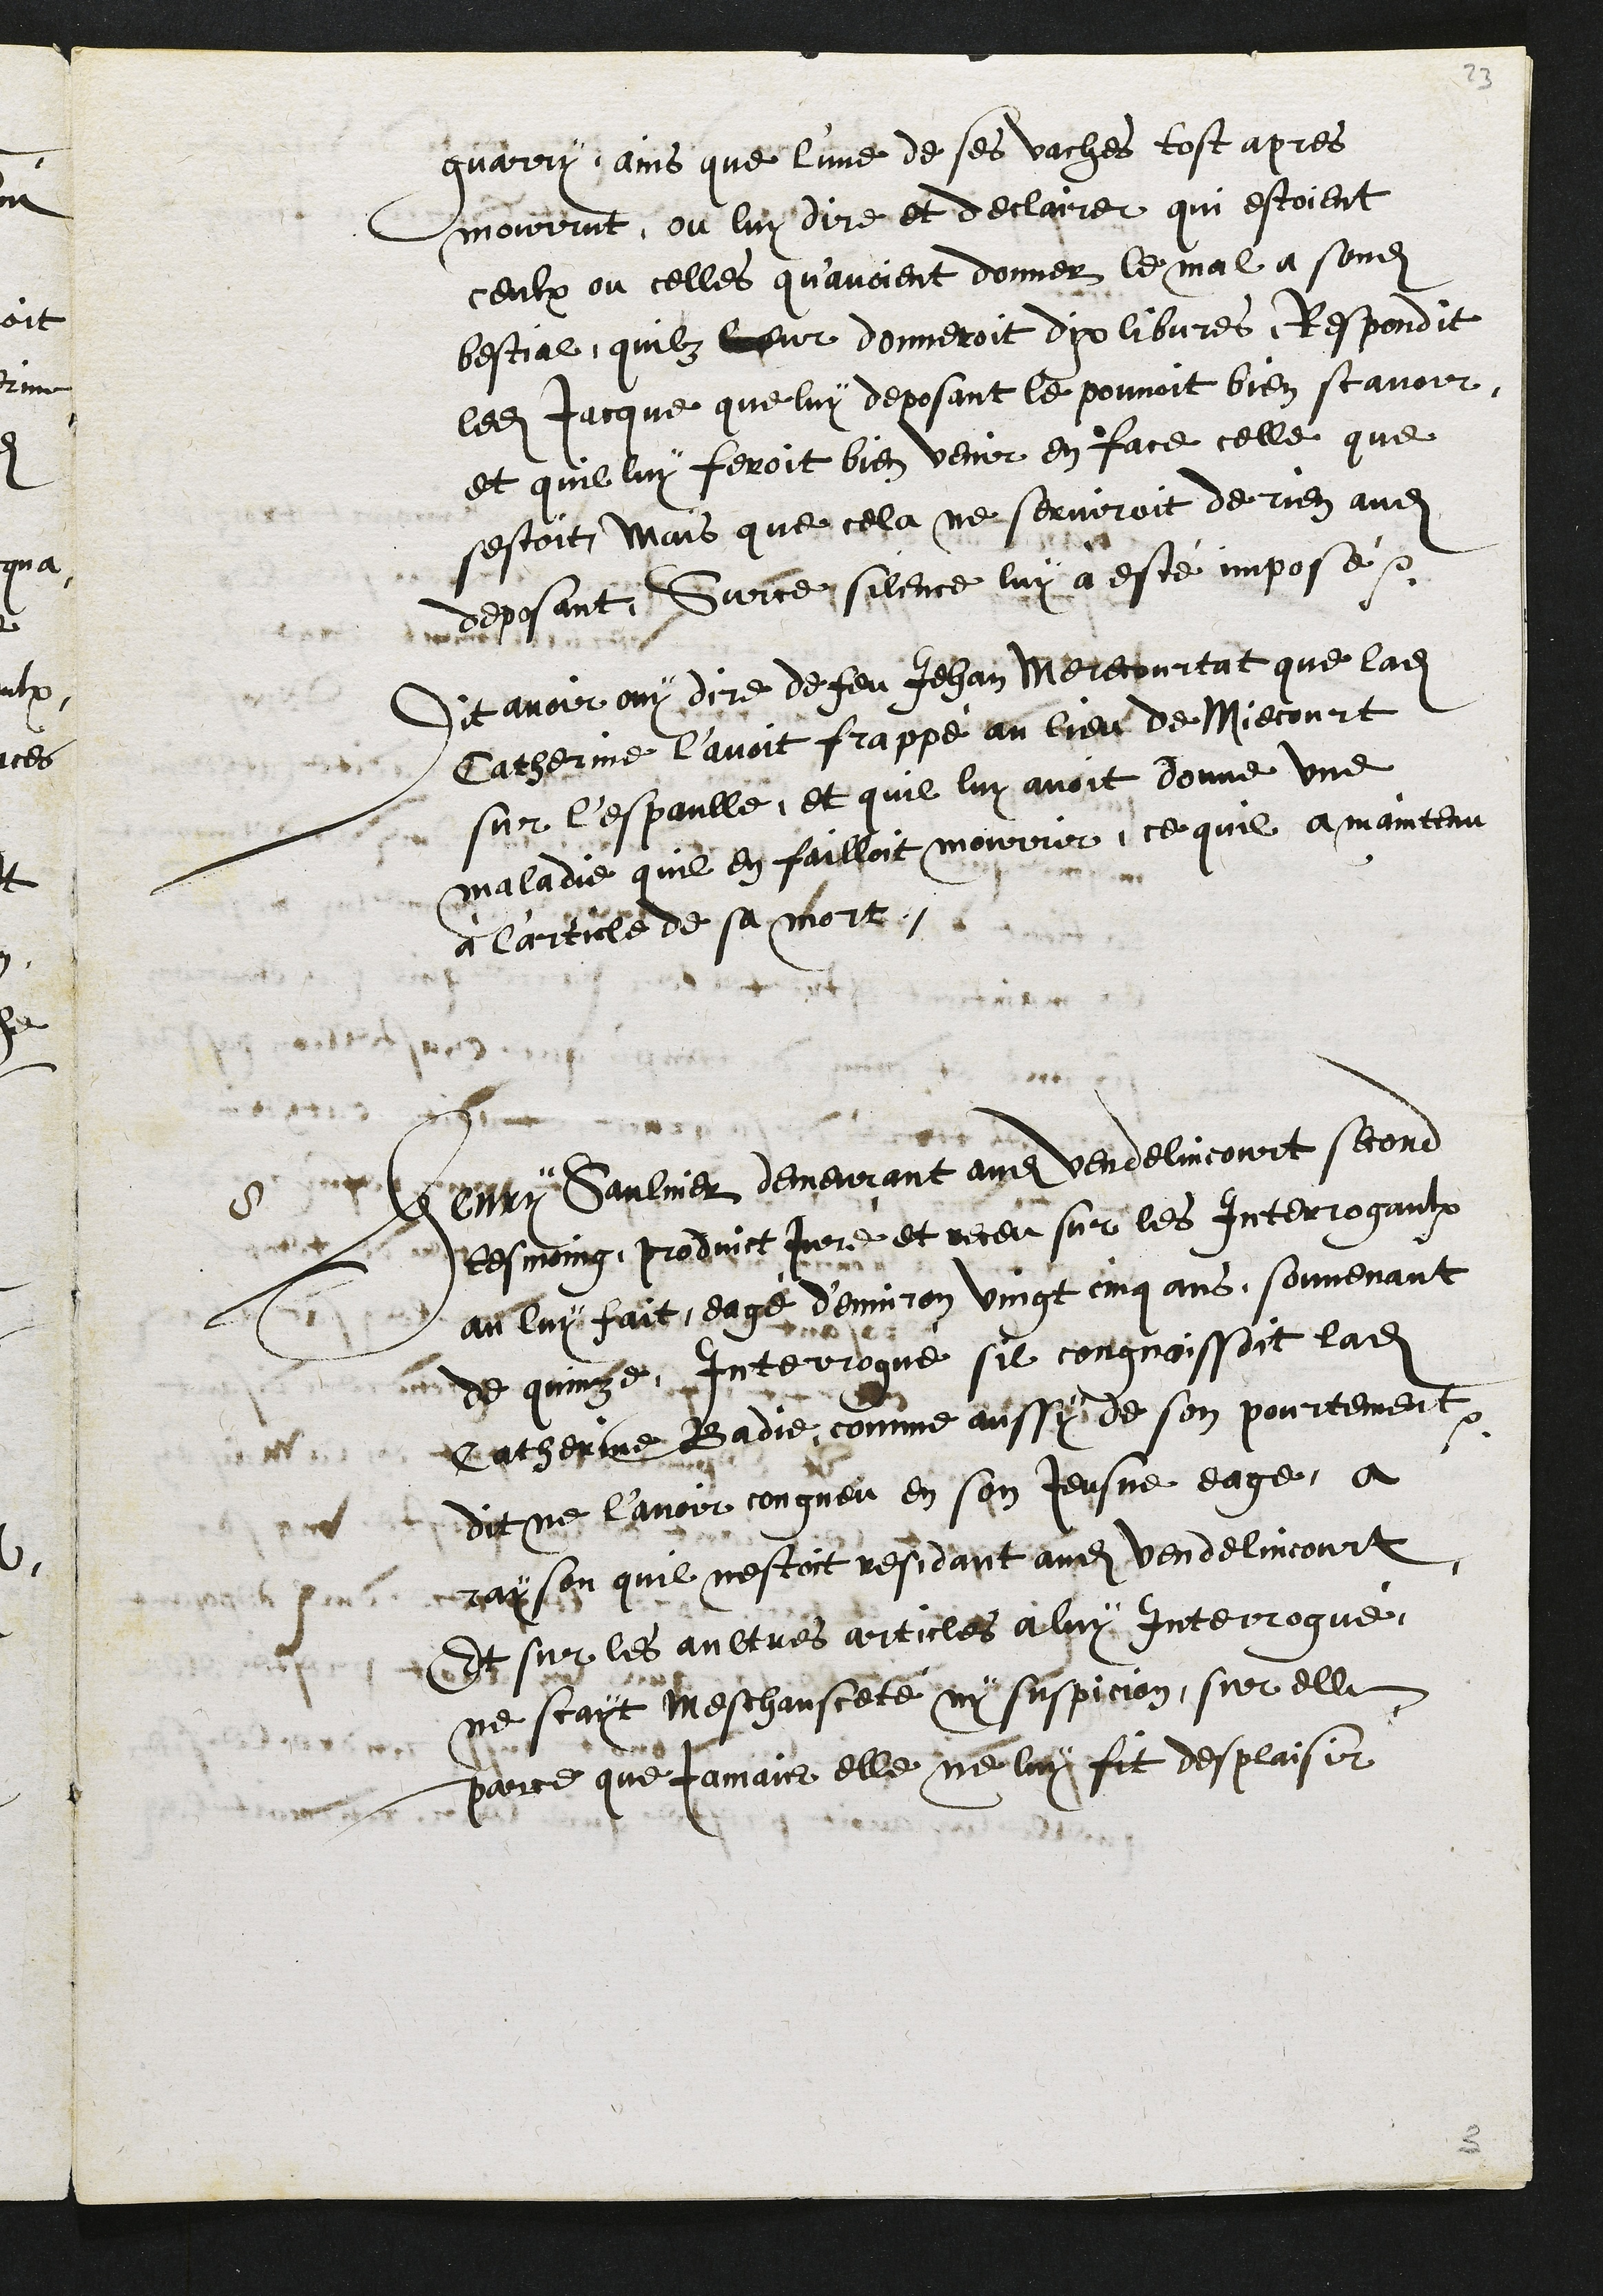
guarry, ains que l'une de ses vaches tost apres
mourrut, ou luy dire et declairer qui estoient
ceulx ou celles qu'avoient donner le mal à sondit
bestial, quilz leur donneroit dix libvres, Respondit
ledit Jacque que luy deposant le pouvoit bien scavoir
et quil luy feroit bien venir en face celle que
sestoit, Mais que cela ne serviroit de rien audit
deposant. Sur ce, silence luy à esté imposé
Dit avoir ouy dire de feu Jehan Merecourtat que ladite
Catherinne l'avoit frappé au lieu de Miecourt
sur l'espaulle, et quil luy avoit donne une
maladie quil en failloit mourir, ce quil a maintenu
à l'article de sa mort
8
Henry Saulnier demeurant audit Vendelincourt second
tesmoing, produict juré et receu sur les Interrogaulx
au luy fait, eagé d'environ vingt cinq ans, souvenant
de quinze. Interrogué sil congnoissoit ladite
Catherinne Badie, comme aussy de son pourtement
dit ne l'avoir congneu en son Jeusne eage, a
rayson quil nestoit residant audit Vendelincourt
Et sur les aultres articles à luy Interrogué,
ne scayt meschansceté ny suspicion, sur elle
parce que jamais elle ne luy fit desplaisir

3